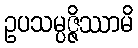
ဥပသမ္ပဇ္ဇိဿာမိ